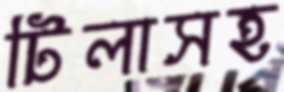
টিলাসহ